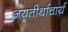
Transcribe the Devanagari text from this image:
जयतीर्थाचार्य